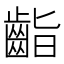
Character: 𪗷